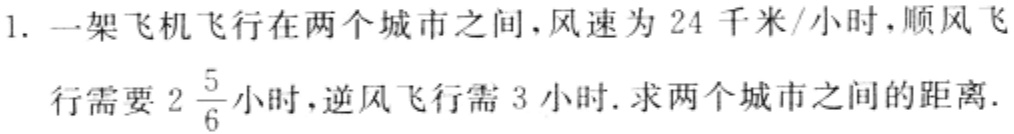
1. 一架飞机飞行在两个城市之间，风速为 24 千米/小时，顺风飞行需要\(2\frac{5}{6}\)小时，逆风飞行需 3 小时. 求两个城市之间的距离.